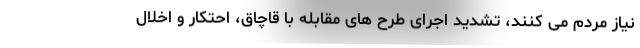
نیاز مردم می کنند، تشدید اجرای طرح های مقابله با قاچاق، احتکار و اخلال